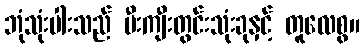
ဘုံသုံးပါးသည် မီးကျီးတွင်းသုံးခုနှင့် တူလေစွ။